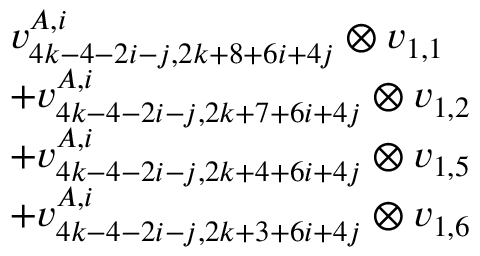
\begin{array} { r l } & { v _ { 4 k - 4 - 2 i - j , 2 k + 8 + 6 i + 4 j } ^ { A , i } \otimes v _ { 1 , 1 } } \\ & { + v _ { 4 k - 4 - 2 i - j , 2 k + 7 + 6 i + 4 j } ^ { A , i } \otimes v _ { 1 , 2 } } \\ & { + v _ { 4 k - 4 - 2 i - j , 2 k + 4 + 6 i + 4 j } ^ { A , i } \otimes v _ { 1 , 5 } } \\ & { + v _ { 4 k - 4 - 2 i - j , 2 k + 3 + 6 i + 4 j } ^ { A , i } \otimes v _ { 1 , 6 } } \end{array}